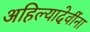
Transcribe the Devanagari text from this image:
अहिल्यादेवींना